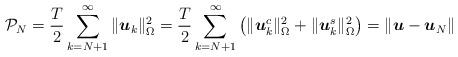
LaTeX: \begin{align*}\mathcal{P}_N = \frac{T}{2} \sum_{k=N+1}^\infty \|\boldsymbol{u}_k\|_{\Omega}^2 = \frac{T}{2} \sum_{k=N+1}^\infty \left(\|\boldsymbol{u}_k^c\|_{\Omega}^2 + \|\boldsymbol{u}_k^s\|_{\Omega}^2\right) = \|\boldsymbol{u}- \boldsymbol{u}_N\|\end{align*}